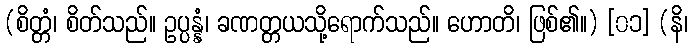
(စိတ္တံ၊ စိတ်သည်။ ဥပ္ပန္နံ၊ ခဏတ္တယသို့ရောက်သည်။ ဟောတိ၊ ဖြစ်၏။) [၀၁] (နိ၊